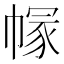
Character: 𢄐